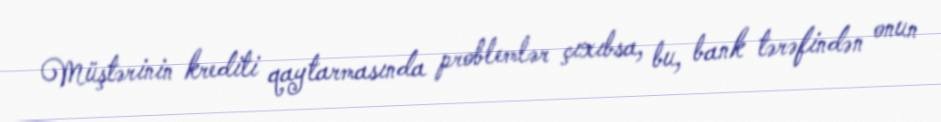
Müştərinin krediti qaytarmasında problemlər çıxıbsa, bu, bank tərəfindən onun